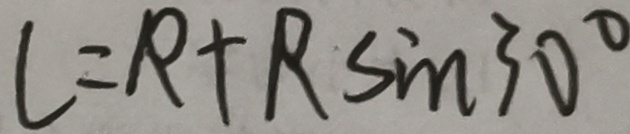
l = R + R \sin 3 0 ^ { \circ }